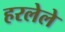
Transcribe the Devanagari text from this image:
हरलेले